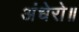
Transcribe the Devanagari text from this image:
अंधेरो॥